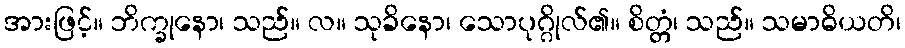
အားဖြင့်။ ဘိက္ခုနော၊ သည်။ လ။ သုခိနော၊ သောပုဂ္ဂိုလ်၏။ စိတ္တံ၊ သည်။ သမာဓိယတိ၊